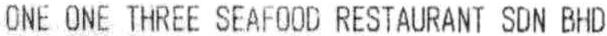
ONE ONE THREE SEAFOOD RESTAURANT SDN BHD